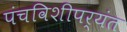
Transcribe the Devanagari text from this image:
पंचविशीपर्यंत